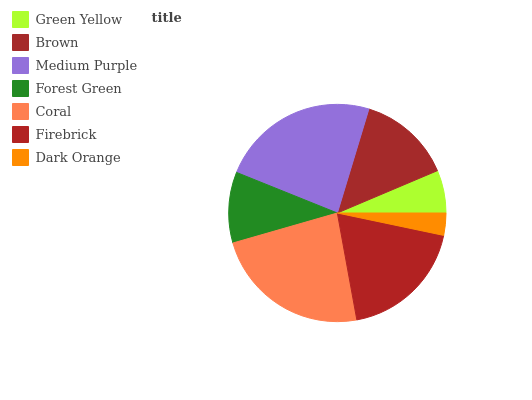
| Green Yellow | Brown | Medium Purple | Forest Green | Coral | Firebrick | Dark Orange |
 | --- | --- | --- | --- | --- | --- | --- |
 | 6.37% | 14% | 23.6% | 10.5% | 23.4% | 18.8% | 3.3% |